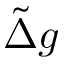
\tilde { \Delta } g